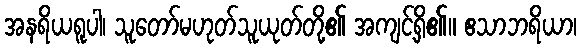
အနရိယရူပါ၊ သူတော်မဟုတ်သူယုတ်တို့၏ အကျင့်ရှိ၏။ ဧသာဘရိယာ၊